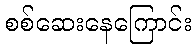
စစ်ဆေးနေကြောင်း